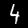
Digit: 4